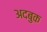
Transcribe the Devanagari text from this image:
अदबुक